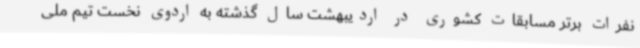
نفرات برتر مسابقات کشوری در اردیبهشت سال گذشته به اردوی نخست تیم ملی